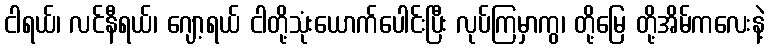
ငါရယ်၊ လင်နီရယ်၊ ဂျော့ရယ် ငါတို့သုံးယောက်ပေါင်းပြီး လုပ်ကြမှာကွ၊ တို့မြေ တို့အိမ်ကလေးနဲ့